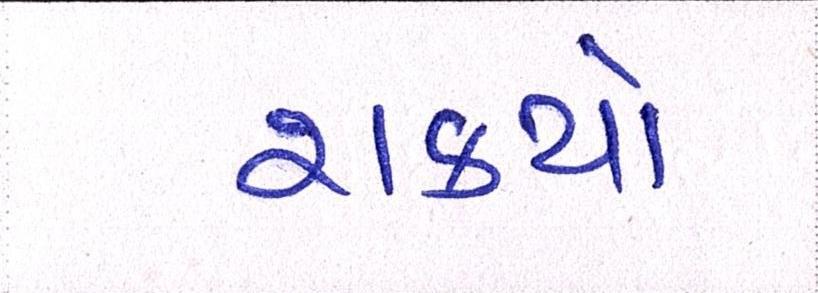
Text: શક્યો